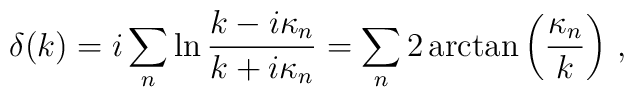
\delta (k) =i\sum\limits_n \ln \frac {k-i\kappa_n}{k+i\kappa_n}=\sum\limits_n 2\arctan \left( \frac {\kappa_n}k \right) \,,